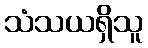
သံသယရှိသူ